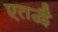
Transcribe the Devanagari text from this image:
एतद्वै